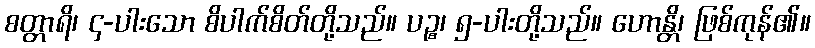
စတ္တာရိ၊ ၄-ပါးသော စိပါက်စိတ်တို့သည်။ ပဉ္စ၊ ၅-ပါးတို့သည်။ ဟောန္တိ၊ ဖြစ်ကုန်၏။